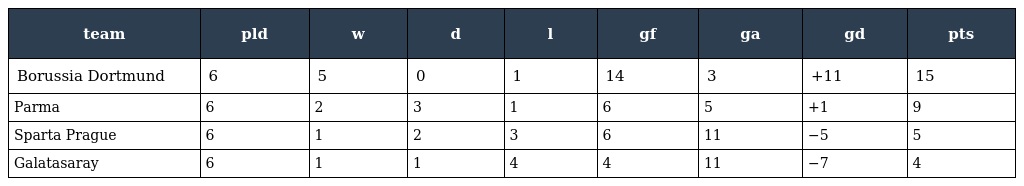
| team | pld | w | d | l | gf | ga | gd | pts |
 | --- | --- | --- | --- | --- | --- | --- | --- | --- |
 | Borussia Dortmund | 6 | 5 | 0 | 1 | 14 | 3 | +11 | 15 |
 | Parma | 6 | 2 | 3 | 1 | 6 | 5 | +1 | 9 |
 | Sparta Prague | 6 | 1 | 2 | 3 | 6 | 11 | −5 | 5 |
 | Galatasaray | 6 | 1 | 1 | 4 | 4 | 11 | −7 | 4 |